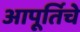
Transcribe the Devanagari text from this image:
आपूर्तिचे